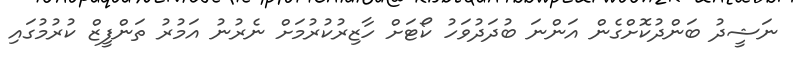
ނަޝީދު ބަންދުކޮށްގެން އަންނަ ބުދަދުވަހު ކޯޓަށް ހާޒިރުކުރުމަށް ނެރުނު އަމުރު ތަންފީޒް ކުރުމުގައި